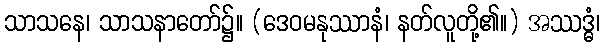
သာသနေ၊ သာသနာတော်၌။ (ဒေဝမနုဿာနံ၊ နတ်လူတို့၏။) အဿဒ္ဓံ၊